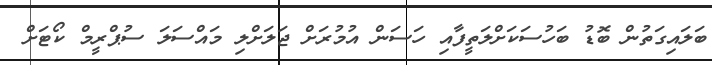
ބަލައިގަތުން ބޮޑު ބަހުސަކަށްލަތީފާއި ހަސަން އުމުރަށް ޖަލަށްލި މައްސަލަ ސުޕްރީމް ކޯޓަށް